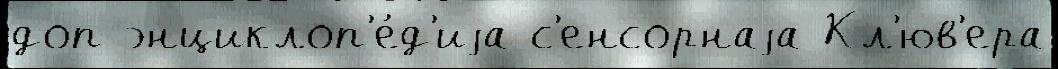
доп энциклоп'е́д'иjа с'енсорнаjа Кл'юв'ера